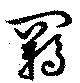
羈